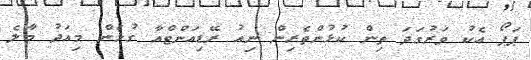
ޕަޕޯ އެކު ވަރުގަދަ ތިން ކުޅުންތެރިން ނިއު ރޭޑިއަންޓްއާ ގުޅެން މިއަދު މާލެ